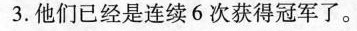
3.他们已经是连续6 次获得冠军了。